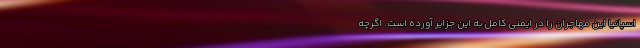
اسپانیا این مهاجران را در ایمنی کامل به این جزایر آورده است. اگرچه